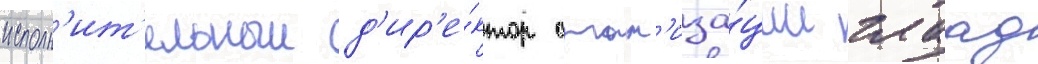
исполн'ит'ельныи д'ир'е́ктор орган'иза́ции глаад